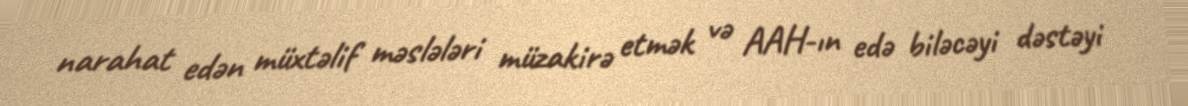
narahat edən müxtəlif məslələri müzakirə etmək və AAH-ın edə biləcəyi dəstəyi